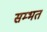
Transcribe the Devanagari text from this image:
सम्भत